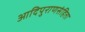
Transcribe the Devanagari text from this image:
आदिपुराणसंहिता